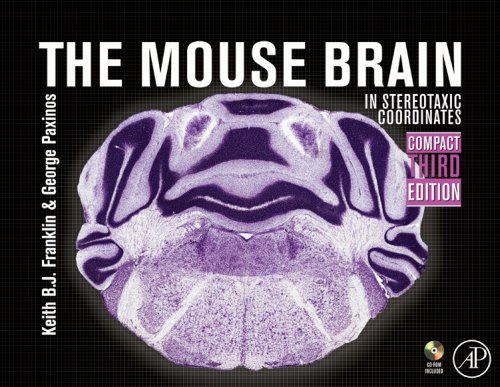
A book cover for The Mouse Brain in Stereotaxic Coordinates, Compact, Third Edition: The coronal plates and diagrams; Keith B.J. Franklin; Medical Books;